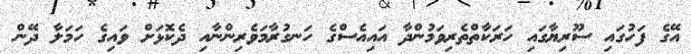
އޭގެ ފަހުގައި ސޫރިޔާގައި ހަރަކާތްތެރިވަމުންދާ އައިއެސްގެ ހަނގުރާމަވެރިންނާއި ދެކޮޅަށް ވައިގެ ހަމަލާ ދޭން